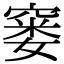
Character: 窭